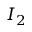
I _ { 2 }